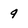
Character: 9